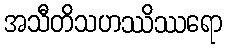
အသီတိသဟဿိဿရော